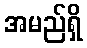
အမည်ရှိ